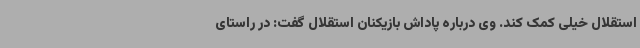
استقلال خیلی کمک کند. وی درباره پاداش بازیکنان استقلال گفت: در راستای